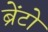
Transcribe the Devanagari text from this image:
ब्रेंटो